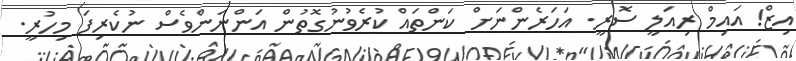
އިޒް! އައިމް ރިއަލީ ސޮރީ. އަހަރެންނަށް ކަންތައް ކުރެވުނުގޮތުން އަންނަންވެސް ނުކެރިފަ މިހުރީ.